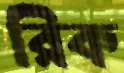
রিক